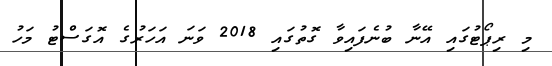
މި ރިޕޯޓުގައި އޭނާ ބުނެފައިވާ ގޮތުގައި 2018 ވަނަ އަހަރުގެ އޮގަސްޓު މަހު